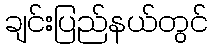
ချင်းပြည်နယ်တွင်